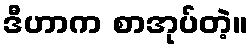
ဒီဟာက စာအုပ်တဲ့။